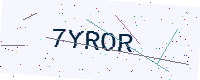
Text: 7YROR